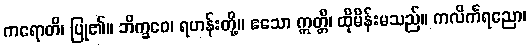
ကရောတိ၊ ပြု၏။ ဘိက္ခဝေ၊ ရဟန်းတို့။ ဧသော ဣတ္တီ၊ ထိုမိန်းမသည်။ ကလိင်္ကရညော၊